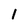
Character: I